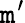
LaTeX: \mathtt{m}^{\prime}